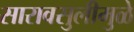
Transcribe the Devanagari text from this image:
सारावसुलीमुळे